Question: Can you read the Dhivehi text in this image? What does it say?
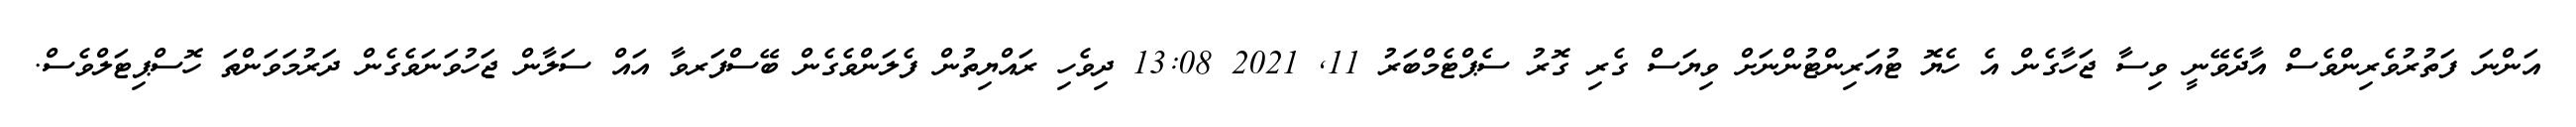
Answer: އަންނަ ފަތުރުވެރިންވެސް އާދެވޭނީ ވިސާ ޖަހާގެން އެ ހެޔޮ ޓުއަރިންޓުންނަށް ވިޔަސް ގެރި ގޮރު ސެޕްޓެމްބަރު 11, 2021 13:08 ދިވެހި ރައްޔިތުން ފެލަންވެގެން ބޭސްފަރވާ އައް ސަލާން ޖަހުވަނަވެގެން ދަރުމަވަންތަ ހޮސްޕިޓަލްވެސް.